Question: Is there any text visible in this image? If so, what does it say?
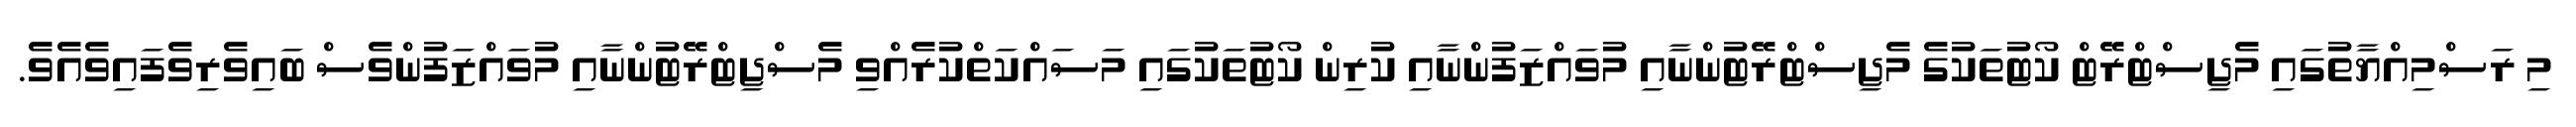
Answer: މި ރަސްމިއްޔާތުގައި މެޖިސްޓްރޭޓް ކޯޓުތަކުގެ މެޖިސްޓްރޭޓުންނާއި މުވައްޒަފުންނާއި ކުރިން ކޯޓުތަކުގައި މަސައްކަތްކުރެއްވި މެސްޖިޓްރޭޓުންނާއި މުވައްޒަފުންވެސް ބައިވެރިވެފައިވެއެވެ.